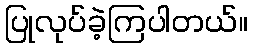
ပြုလုပ်ခဲ့ကြပါတယ်။